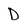
Character: D